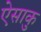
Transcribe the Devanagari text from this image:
ऐसाकु